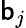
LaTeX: \mathsf{b}_{j}